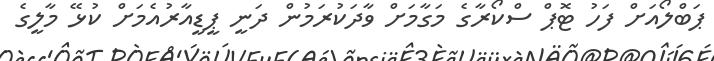
ޕަބްލޯއަށް ފަހު ޓޮޕް ސްކޯރާގެ މަގާމަށް ވާދަކުރަމުން ދަނީ ޕީޑީއާރުއެމަށް ކުޅޭ މާލީގެ